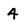
Character: 4